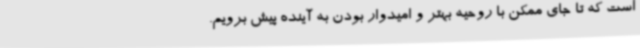
است که تا جای ممکن با روحیه بهتر و امیدوار بودن به آینده پیش برویم.